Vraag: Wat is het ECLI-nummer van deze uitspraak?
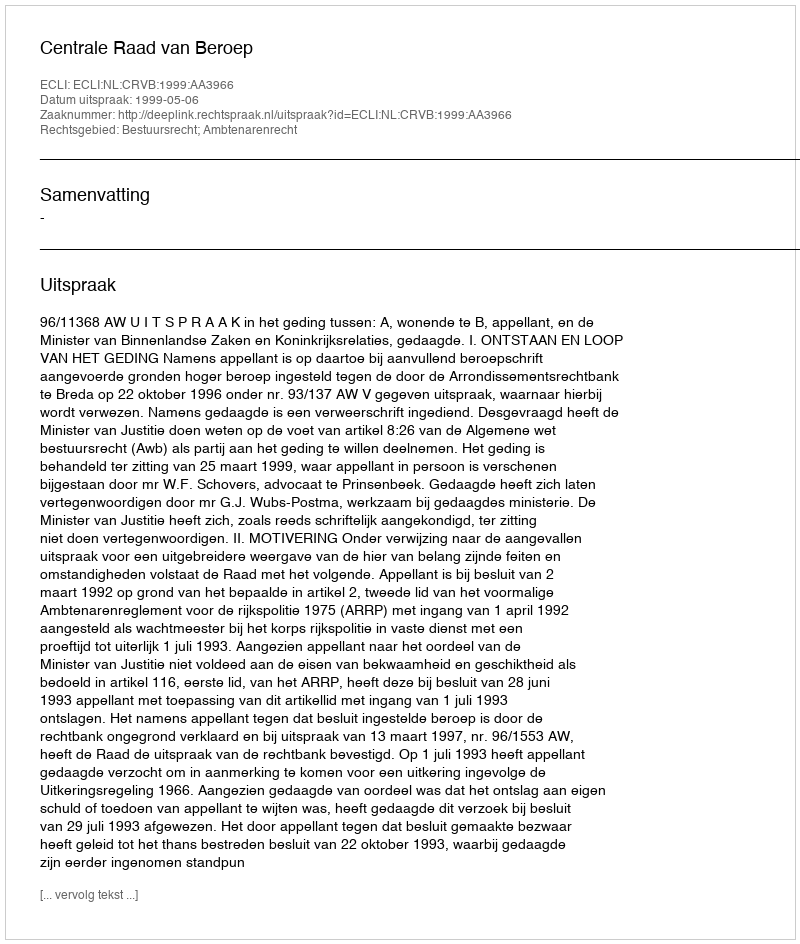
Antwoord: ECLI:NL:CRVB:1999:AA3966